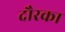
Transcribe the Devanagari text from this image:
दौरका